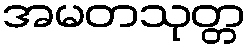
အမတသုတ္တ